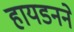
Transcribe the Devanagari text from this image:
हायडनने